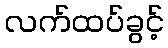
လက်ထပ်ခွင့်